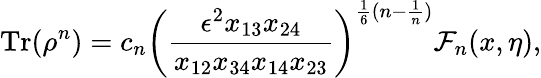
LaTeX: \operatorname{Tr}(\rho^{n})=c_{n}\bigg(\frac{\epsilon^{2}x_{13}x_{24}}{x_{12}x_{34}x_{14}x_{23}}\bigg)^{\frac{1}{6}(n-\frac{1}{n})}\mathcal{F}_{n}(x,\eta),